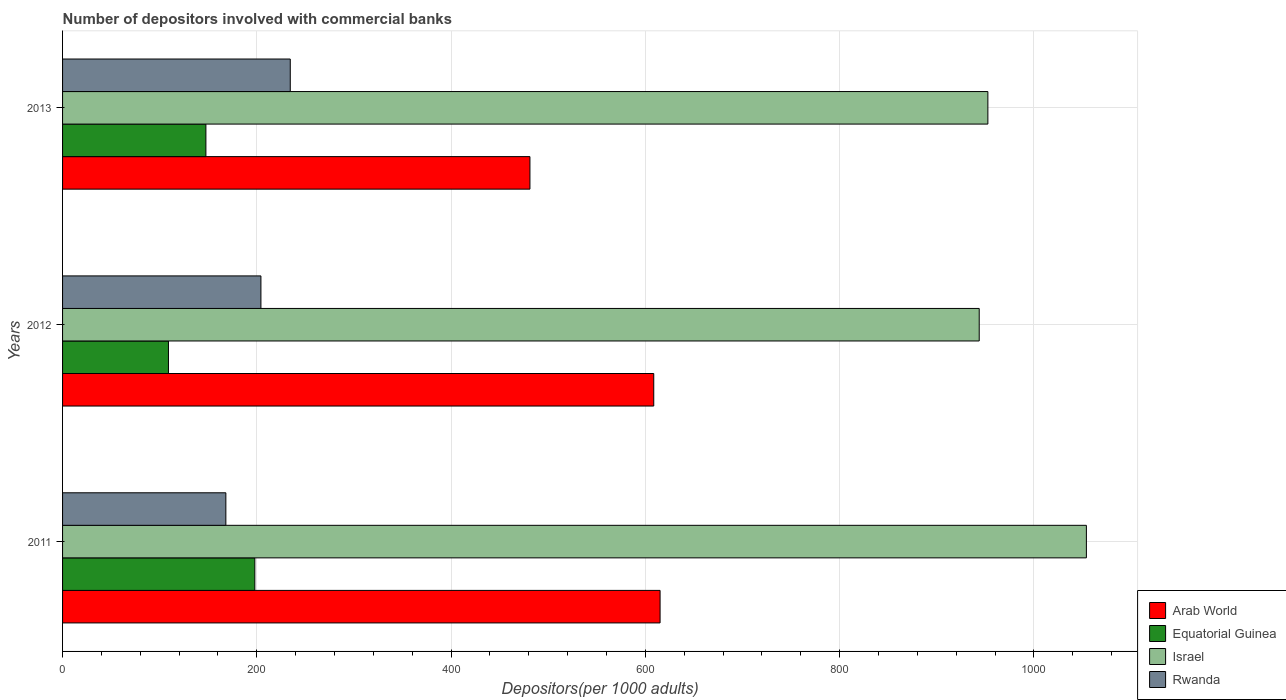
| Years | Arab World | Equatorial Guinea | Israel | Rwanda |
 | --- | --- | --- | --- | --- |
 | 2011 | 615 | 198 | 1.05e+03 | 168 |
 | 2012 | 609 | 109 | 944 | 204 |
 | 2013 | 481 | 148 | 953 | 234 |